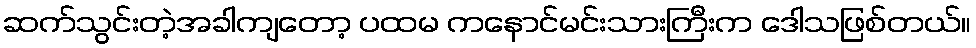
ဆက်သွင်းတဲ့အခါကျတော့ ပထမ ကနောင်မင်းသားကြီးက ဒေါသဖြစ်တယ်။